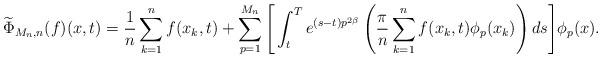
LaTeX: \begin{align*} \widetilde \Phi_{M_n,n}( f)(x,t)= \dfrac{1}{n}\sum_{k=1}^n f(x_k,t)+\sum_{p=1}^{M_n} \Bigg[ \int_t^T e^{(s-t)p^{2\beta}} \left( \dfrac{\pi}{n} \sum_{k=1}^n f(x_k,t) \phi_p(x_k) \right) ds\Bigg] \phi_p(x).\end{align*}